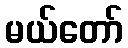
မယ်တော်